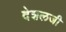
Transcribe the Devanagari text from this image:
देशलजी